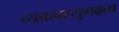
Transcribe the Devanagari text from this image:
व्यवहारसुगढ़ता